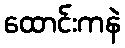
ထောင်းကနဲ